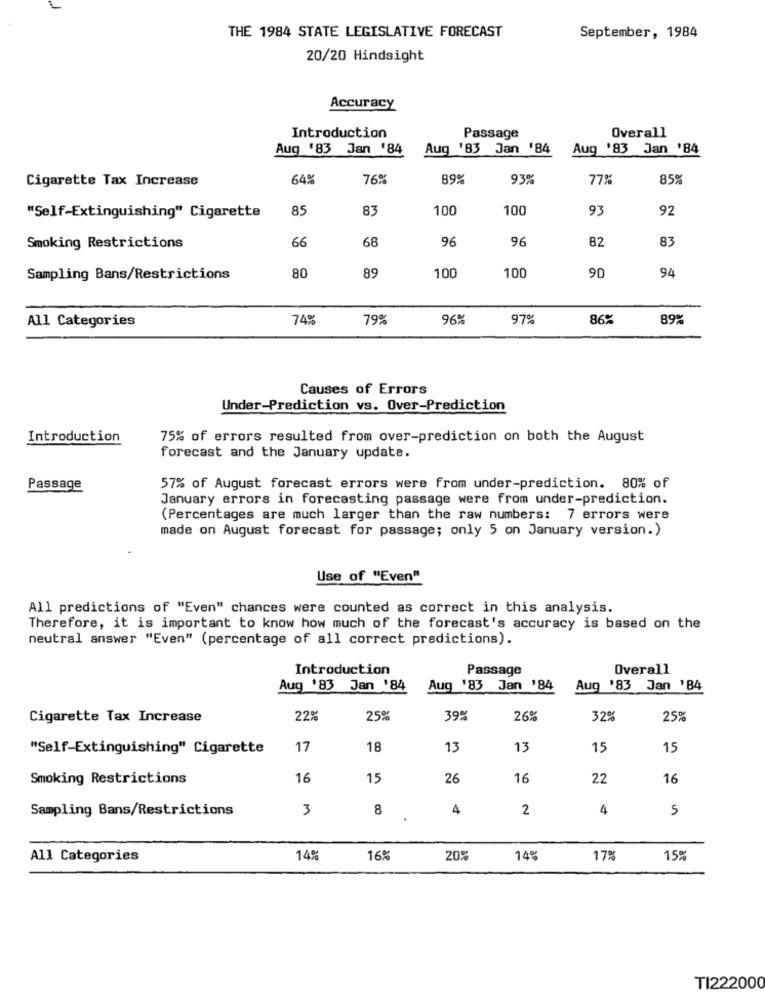
THE 1984 STATE LEGISLATIVE FORECAST
September, 1984
20/20 Hindsight
Accuracy
Overall
Introduction
Passage
Aug '83 Jan '84
Aug '83 Jan '84
Aug '83 Jan '84
Cigarette Tax Increase
64%
76%
89%
93%
77%
85%
85
83
100
100
93
92
"Self-Extinguishing" Cigarette
66
68
96
96
82
Smoking Restrictions
83
80
Sampling Bans/Restrictions
89
100
100
90
94
All Categories
74%
79%
96%
97%
86%
89%
Causes of Errors
Under-Prediction vs. Over-Prediction
Introduction
75% of errors resulted from over-prediction on both the August
forecast and the January update.
Passage
57% of August forecast errors were from under-prediction. 80% of
January errors in forecasting passage were from under-prediction.
(Percentages are much larger than the raw numbers: 7 errors were
made on August forecast for passage; only 5 on January version.)
Use of "Even"
All predictions of "Even" chances were counted as correct in this analysis.
Therefore, it is important to know how much of the forecast's accuracy is based on the
neutral answer "Even" (percentage of all correct predictions).
Introduction
Passage
Overall
Aug '83 Jan '84
Aug '83 Jan '84
Aug '83 Jan '84
Cigarette Tax Increase
22%
25ª
39%
26º
32%
25%
"Self-Extinguishing" Cigarette
17
18
13
13
15
15
Smoking Restrictions
16
15
26
16
22
16
Sampling Bans/Restrictions
3
8
4
2
4
5
All Categories
14%
16%
20%
14%
17%
15%
TI222000